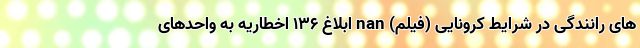
های رانندگی در شرایط کرونایی (فیلم) nan ابلاغ ۱۳۶ اخطاریه به واحدهای